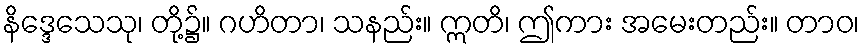
နိဒ္ဒေသေသု၊ တို့၌။ ဂဟိတာ၊ သနည်း။ ဣတိ၊ ဤကား အမေးတည်း။ တာဝ၊